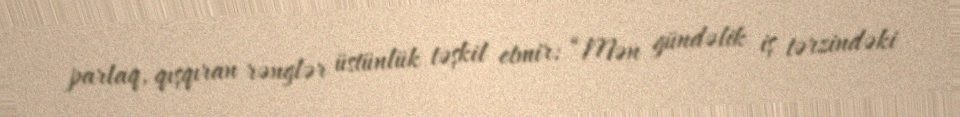
parlaq, qışqıran rənglər üstünlük təşkil etmir: “Mən gündəlik iş tərzindəki